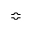
\Bumpeq